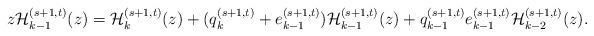
LaTeX: \begin{align*}z{\cal H}_{k-1}^{(s+1,t)}(z)={\cal H}_{k}^{(s+1,t)}(z)+(q_{k}^{(s+1,t)}+e_{k-1}^{(s+1,t)}){\cal H}_{k-1}^{(s+1,t)}(z)+q_{k-1}^{(s+1,t)}e_{k-1}^{(s+1,t)}{\cal H}_{k-2}^{(s+1,t)}(z).\end{align*}